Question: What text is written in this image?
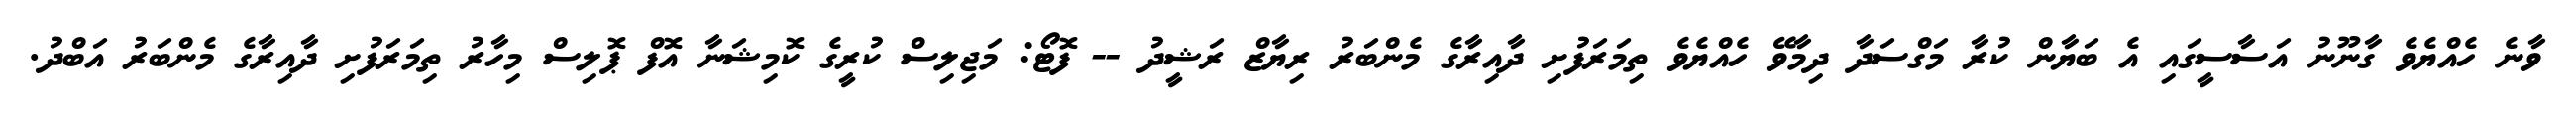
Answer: ވާނެ ހެއްޔެވެ ގާނޫނު އަސާސީގައި އެ ބަޔާން ކުރާ މަގްސަދާ ދިމާވޭ ހެއްޔެވެ ތިމަރަފުށި ދާއިރާގެ މެންބަރު ރިޔާޒް ރަޝީދު -- ފޮޓޯ: މަޖިލިސް ކުރީގެ ކޮމިޝަނާ އޮފް ޕޮލިސް މިހާރު ތިމަރަފުށި ދާއިރާގެ މެންބަރު އަބްދު.